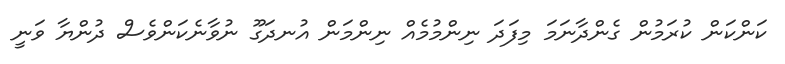
ކަންކަން ކުރަމުން ގެންދާނަމަ މިފަދަ ނިންމުމެއް ނިންމަން އުނދަގޫ ނުވާނެކަންވެސް ދުންޔާ ވަނީ